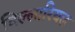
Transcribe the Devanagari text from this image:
विल्लारियल